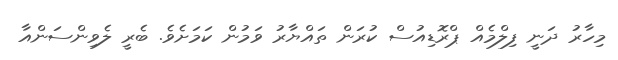
މިހާރު ދަނީ ފިލްމެއް ޕްރޮޑިއުސް ކުރަން ތައްޔާރު ވަމުން ކަމަށެވެ. ބެރީ ލެވިންސަންއާ